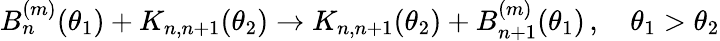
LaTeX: B_{n}^{(m)}(\theta_{1})+K_{n,n+1}(\theta_{2})\to K_{n,n+1}(\theta_{2})+B_{n+1}^{(m)}(\theta_{1})\, ,\quad\theta_{1}>\theta_{2}